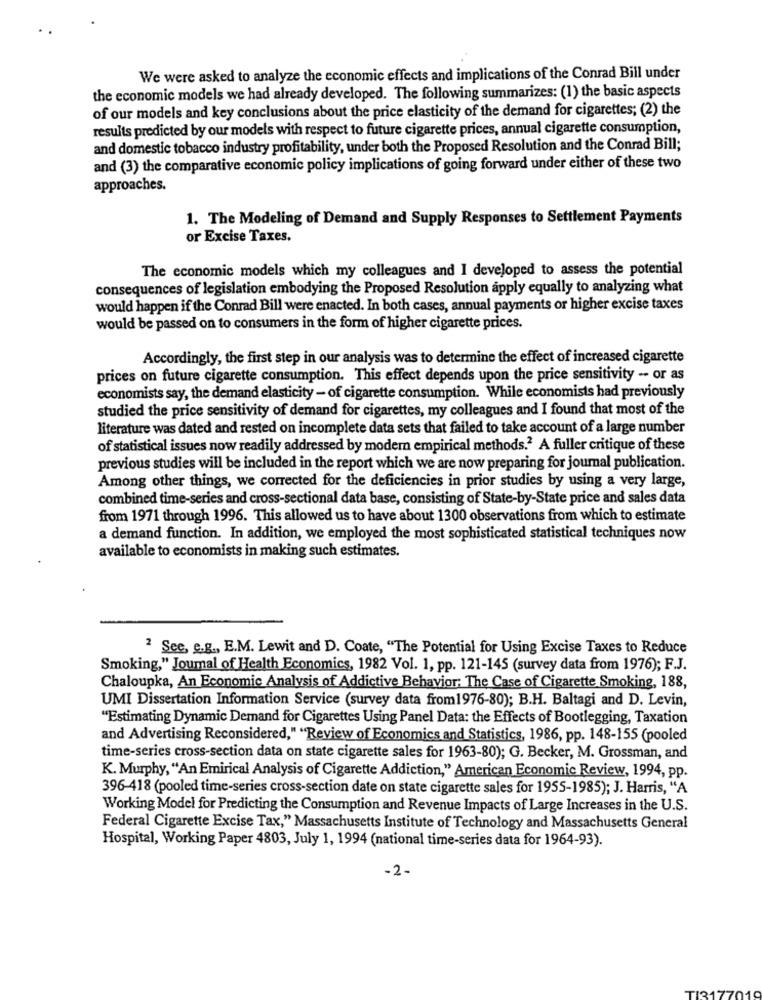
We were asked to analyze the economic effects and implications of the Conrad Bill under
the economic models we had already developed. The following summarizes: (1) the basic aspects
of our models and key conclusions about the price elasticity of the demand for cigarettes; (2) the
results predicted by our models with respect to future cigarette prices, annual cigarette consumption,
and domestic tobacco industry profitability, under both the Proposed Resolution and the Conrad Bill;
and (3) the comparative economic policy implications of going forward under either of these two
approaches.
1. The Modeling of Demand and Supply Responses to Settlement Payments
or Excise Taxes.
The economic models which my colleagues and I developed to assess the potential
consequences of legislation embodying the Proposed Resolution apply equally to analyzing what
would happen if the Conrad Bill were enacted. In both cases, annual payments or higher excise taxes
would be passed on to consumers in the form of higher cigarette prices.
Accordingly, the first step in our analysis was to determine the effect of increased cigarette
prices on future cigarette consumption. This effect depends upon the price sensitivity -- or as
economists say, the demand elasticity - of cigarette consumption. While economists had previously
studied the price sensitivity of demand for cigarettes, my colleagues and I found that most of the
literature was dated and rested on incomplete data sets that failed to take account of a large number
of statistical issues now readily addressed by modern empirical methods.2 A fuller critique of these
previous studies will be included in the report which we are now preparing for journal publication.
Among other things, we corrected for the deficiencies in prior studies by using a very large,
combined time-series and cross-sectional data base, consisting of State-by-State price and sales data
from 1971 through 1996. This allowed us to have about 1300 observations from which to estimate
a demand function. In addition, we employed the most sophisticated statistical techniques now
available to economists in making such estimates.
2 See, e.g ., E.M. Lewit and D. Coate, "The Potential for Using Excise Taxes to Reduce
Smoking," Joumal of Health Economics, 1982 Vol. 1, pp. 121-145 (survey data from 1976); F.J.
Chaloupka, An Economic Analysis of Addictive Behavior: The Case of Cigarette Smoking, 188,
UMI Dissertation Information Service (survey data from1976-80); B.H. Baltagi and D. Levin,
"Estimating Dynamic Demand for Cigarettes Using Panel Data: the Effects of Bootlegging, Taxation
and Advertising Reconsidered," "Review of Economics and Statistics, 1986, pp. 148-155 (pooled
time-series cross-section data on state cigarette sales for 1963-80); G. Becker, M. Grossman, and
K. Murphy, "An Emirical Analysis of Cigarette Addiction," American Economic Review, 1994, pp.
396-418 (pooled time-series cross-section date on state cigarette sales for 1955-1985); J. Harris, "A
Working Model for Predicting the Consumption and Revenue Impacts of Large Increases in the U.S.
Federal Cigarette Excise Tax," Massachusetts Institute of Technology and Massachusetts General
Hospital, Working Paper 4803, July 1, 1994 (national time-series data for 1964-93).
-2-